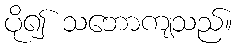
ပို၍ သဘောကျသည်။